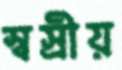
স্বস্রীয়